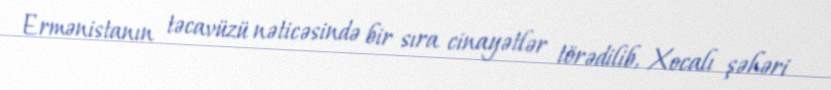
Ermənistanın təcavüzü nəticəsində bir sıra cinayətlər törədilib, Xocalı şəhəri